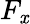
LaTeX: F_{\mathit{x}}